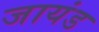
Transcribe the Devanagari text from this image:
जायंड